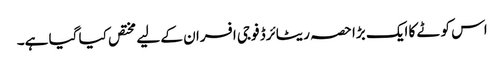
اس کوٹے کا ایک بڑا حصہ ریٹائرڈ فوجی افسران کے لیے مختص کیا گیا ہے۔